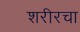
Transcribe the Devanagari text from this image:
शरीरचा